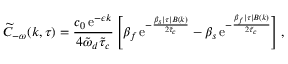
\widetilde { C } _ { - \omega } ( k , \tau ) = \frac { c _ { 0 } \, \mathrm { e } ^ { - \epsilon k } } { 4 \tilde { \omega } _ { d } \tilde { \tau } _ { c } } \left[ \beta _ { f } \, \mathrm { e } ^ { - \frac { \beta _ { s } \lvert \tau \rvert B ( k ) } { 2 \tilde { \tau } _ { c } } } - \beta _ { s } \, \mathrm { e } ^ { - \frac { \beta _ { f } \lvert \tau \rvert B ( k ) } { 2 \tilde { \tau } _ { c } } } \right] ,